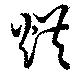
烘